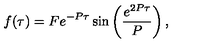
f ( \tau ) = F e ^ { - P \tau } \sin \left( \frac { e ^ { 2 P \tau } } { P } \right) ,